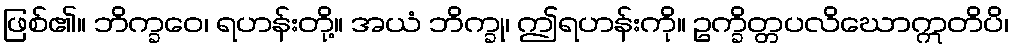
ဖြစ်၏။ ဘိက္ခဝေ၊ ရဟန်းတို့။ အယံ ဘိက္ခု၊ ဤရဟန်းကို။ ဥက္ခိတ္တပလိဃောဣတိပိ၊